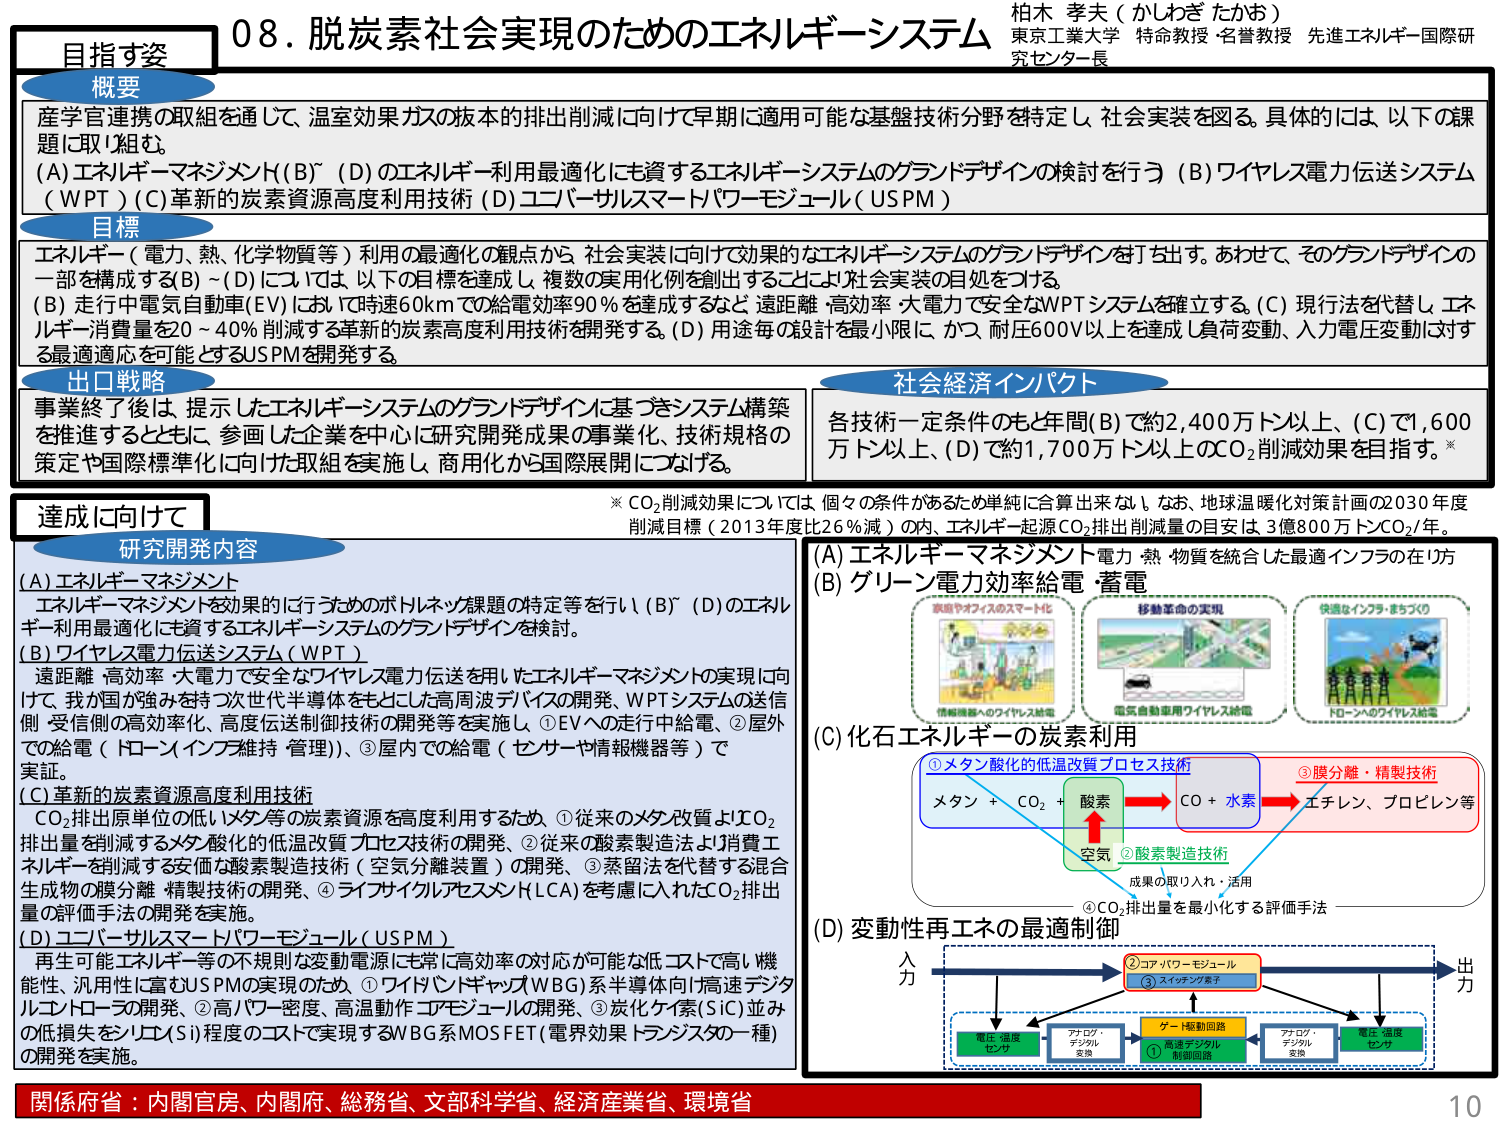
08. 脱炭素社会実現のためのエネルギーシステム

柏木 孝夫（かしぎ たかお）
東京工業大学 特命教授・名誉教授 先進エネルギー国際研究センター長

目指す姿
概要
産学官連携の取組を通じて、温室効果ガスの抜本的排出削減に向けて早期に適用可能な基盤技術分野を特定し、社会実装を図る。具体的には、以下の課題に取り組む。
(A) エネルギーマネジメント (B)～(D) のエネルギー利用最適化にも資するエネルギーシステムのグランドデザインの検討を行う (B) ワイヤレス電力伝送システム (WPT) (C) 革新的炭素資源高度利用技術 (D) ユニバーサルスマートパワーモジュール (USPM)

目標
エネルギー（電力、熱、化学物質等）利用の最適化の観点から、社会実装に向けて効果的なエネルギーシステムのグランドデザインを打ち出す。あわせて、そのグランドデザインの一部を構成するB)～(D)については、以下の目標を達成し、複数の実用化例を創出することにより、社会実装の目処をつける。
(B) 走行中電気自動車(EV)において時速60kmで給電効率90％を達成するなど、遠距離・高効率・大電力で安全なWPTシステムを確立する。
(C) 現行法を代替し、エネルギー消費量を20～40％削減する革新的炭素高度利用技術を開発する。
(D) 用途毎の設計を最小限に、かつ、耐圧600V以上を達成し、負荷変動、入力電圧変動に対する最適適応が可能とするUSPMを開発する。

出口戦略
事業終了後は、提示したエネルギーシステムのグランドデザインに基づきシステム構築を推進するとともに、参画した企業を中心に研究開発成果の事業化、技術規格の策定や国際標準化に向けた取組を実施し、商用化から国際展開につなげる。

社会経済インパクト
各技術一定条件のもと年間(B)で約2,400万トン以上、(C)で1,600万トン以上、(D)で約1,700万トン以上のCO₂削減効果を目指す。※

※ CO₂削減効果については、個々の条件があるため単純に合算出来ない。なお、地球温暖化対策計画の2030年度削減目標（2013年度比26％減）の内、エネルギー起源CO₂排出削減量の目安は3億800万トンCO₂/年。

達成に向けて
研究開発内容
(A) エネルギーマネジメント
エネルギーマネジメントを効果的に行うためのボトルネック課題の特定等を行い、(B)～(D)のエネルギー利用最適化に資するエネルギーシステムのグランドデザインを検討。

(B) ワイヤレス電力伝送システム (WPT)
遠距離・高効率・大電力で安全なワイヤレス電力伝送を用いたエネルギーマネジメントの実現に向けて、我が国が強みを持つ次世代半導体をもとにした高周波デバイスの開発、WPTシステムの送信側・受信側の高効率化、高度伝送制御技術の開発等を実施し、①EVへの走行中給電、②屋外での給電（ドローンインフラ維持・管理）、③屋内での給電（センサーや情報機器等）で実証。

(C) 革新的炭素資源高度利用技術
CO₂排出原単位の低いメタン等の炭素資源を高度利用するため、①従来のメタン改質よりCO₂排出量を削減するメタン酸化の低温改質プロセス技術の開発、②従来の酸素製造法より消費エネルギーを削減する安価な酸素製造技術（空気分離装置）の開発、③蒸留法を代替する混合生成物の膜分離・精製技術の開発、④ライフサイクルアセスメント(LCA)を考慮に入れたCO₂排出量の評価手法の開発を実施。

(D) ユニバーサルスマートパワーモジュール (USPM)
再生可能エネルギー等の不規則な変動電源にも高効率の対応が可能な低コストで高い機能性・汎用性に富むUSPMの実現のため、①ワイドバンドギャップ(WBG)系半導体向け高速デジタルエレクトロニクスの開発、②高パワー密度、高温動作コアモジュールの開発、③炭化ケイ素(SiC)並みの低損失をシリコン(Si)程度のコストで実現するWBG系MOSFET（電界効果トランジスタの一種）の開発を実施。

(A) エネルギーマネジメント 電力・熱・物質を統合した最適インフラの在り方
(B) グリーン電力の効率給電・蓄電
　　→ 誘導やオフィスのスマート化
　　→ 移動革命の実現
　　→ 快適なインフラ・まちづくり
　　→ 情報機器へのワイヤレス給電
　　→ 電気自動車用ワイヤレス給電
　　→ ドローンへのワイヤレス給電

(C) 化石エネルギーの炭素利用
　　① メタン酸化の低温改質プロセス技術
　　　メタン + CO₂ + 酸素 → CO + 水素
　　　　↓
　　　　空気
　　② 酸素製造技術
　　　　成果の取り入れ・活用
　　③ 膜分離・精製技術
　　　　→ エチレン、プロピレン等
　　④ CO₂排出量を最小化する評価手法

(D) 変動性再エネの最適制御
　　入力 → ②コアパワーモジュール → ③スイッチング素子 → 出力
　　　　↓　　　　　　　　　　　　　　↓
　　　　電圧・温度センサ　　　　　　ゲート極動回路
　　　　　　　　　　　　　　　　　　①高速デジタル制御回路
　　　　　　　　　　　　　　　　　　アナログ・デジタル変換
　　　　　　　　　　　　　　　　　　アナログ・デジタル変換
　　　　　　　　　　　　　　　　　　電圧・温度センサ

関係府省：内閣官房、内閣府、総務省、文部科学省、経済産業省、環境省

10